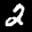
Label: 2